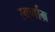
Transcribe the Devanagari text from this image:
स्वर्णाम्र